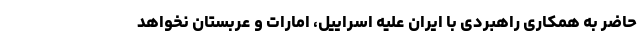
حاضر به همکاری راهبردی با ایران علیه اسراییل، امارات و عربستان نخواهد